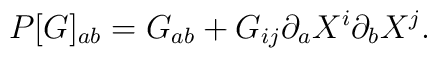
P[G]_{ab}=G_{ab}+G_{ij}\partial_{a}X^{i}\partial_{b}X^{j}.